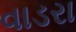
વાડરા